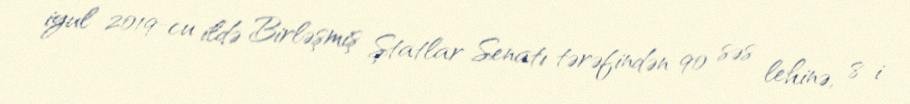
iyul 2019-cu ildə Birləşmiş Ştatlar Senatı tərəfindən 90 səs lehinə, 8-i